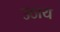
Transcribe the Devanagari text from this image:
उठाय